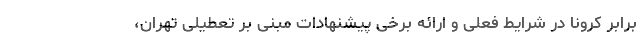
برابر کرونا در شرایط فعلی و ارائه برخی پیشنهادات مبنی بر تعطیلی تهران،